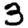
Digit: 3